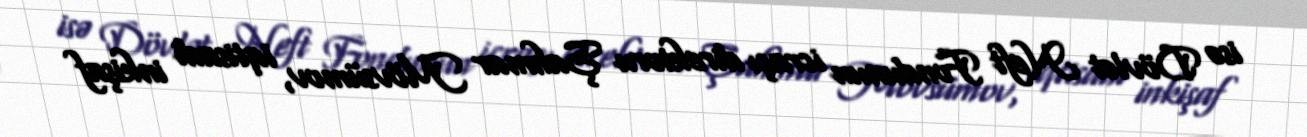
isə Dövlət Neft Fondunun icraçı direktoru Şahmar Mövsümov, iqtisadi inkişaf